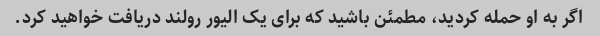
اگر به او حمله کردید، مطمئن باشید که برای یک الیور رولند دریافت خواهید کرد.